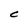
Character: C